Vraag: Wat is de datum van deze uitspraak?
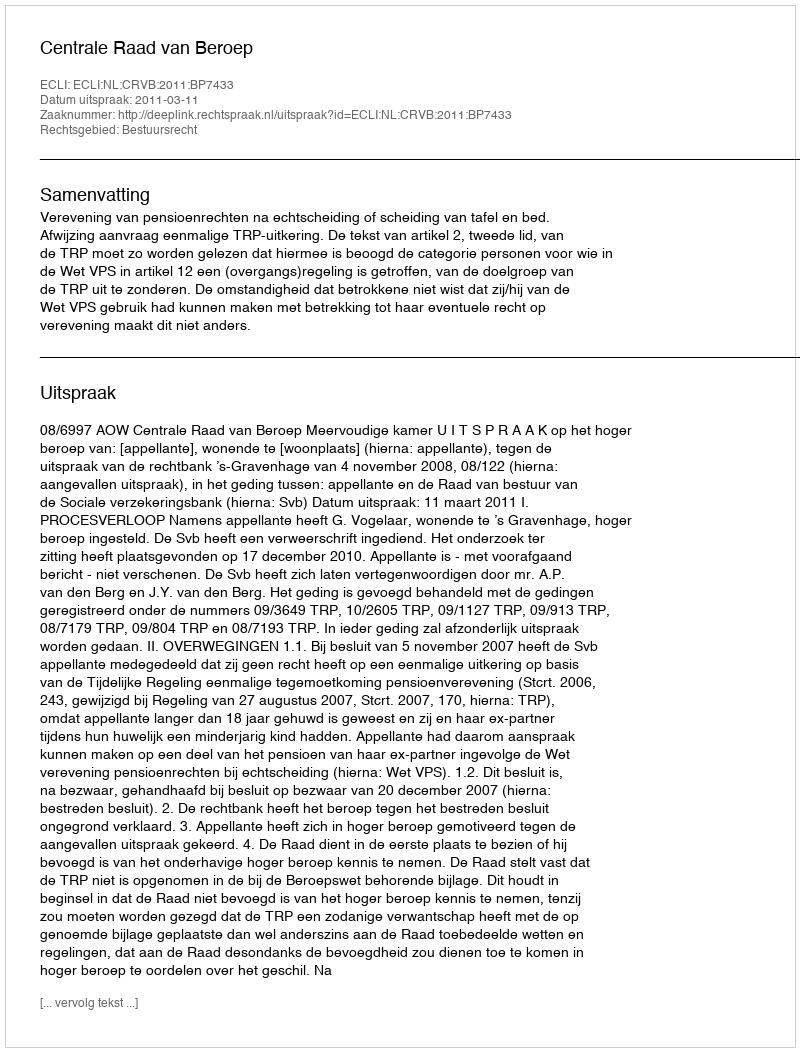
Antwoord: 2011-03-11